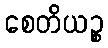
စေတိယဉ္စ